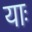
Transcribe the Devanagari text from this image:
याः